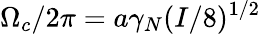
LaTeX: \Omega_{c}/2\pi=a\gamma_{N}(I/8)^{1/2}